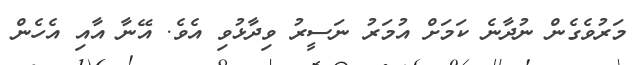
މަރުވެގެން ނުދާނެ ކަމަށް އުމަރު ނަސީރު ވިދާޅުވި އެވެ. އޭނާ އާއި އެހެން